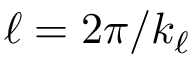
\ell = 2 \pi / k _ { \ell }